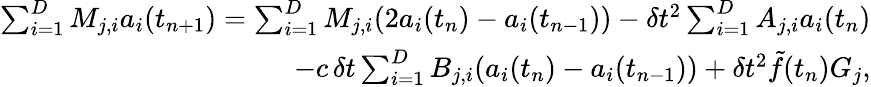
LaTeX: \begin{array}{r}{\sum_{i=1}^{D}M_{j,i}a_{i}(t_{n+1})=\sum_{i=1}^{D}M_{j,i}(2a_{i}(t_{n})-a_{i}(t_{n-1}))-\delta t^{2}\sum_{i=1}^{D}A_{j,i}a_{i}(t_{n})}\\ {-c\, \delta t\sum_{i=1}^{D}B_{j,i}(a_{i}(t_{n})-a_{i}(t_{n-1}))+\delta t^{2}\tilde{f}(t_{n})G_{j},}\end{array}